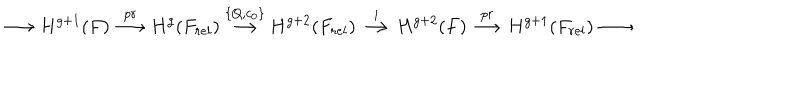
LaTeX: \longrightarrow H ^ { g + 1 } ( F ) \stackrel { p r } { \longrightarrow } H ^ { g } ( F _ { r e l } ) \stackrel { \{ Q , c _ { 0 } \} } { \longrightarrow } H ^ { g + 2 } ( F _ { r e l } ) \stackrel { i } \longrightarrow H ^ { g + 2 } ( F ) \stackrel { p r } { \longrightarrow } H ^ { g + 1 } ( F _ { r e l } ) \longrightarrow .